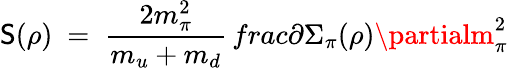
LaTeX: \mathsf{S}(\rho)\ =\ \frac{{2m_{\pi}^{2}}}{{m_{u}+m_{d}}}\, frac{\partial\Sigma_{\pi}(\rho)}{\partialm_{\pi}^{2}}